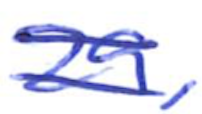
Text: 29,
Cross-out: double-line
Writing tool: ballpoint